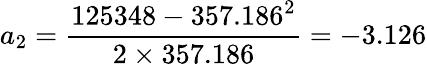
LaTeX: a_{2}={\frac{125348-357.186^{2}}{2\times 357.186}}=-3.126